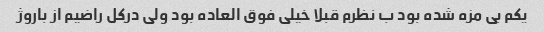
یکم بی مزه شده بود ب نظرم قبلا خیلی فوق العاده بود ولی درکل راضیم از باروژ